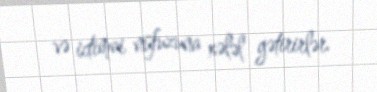
və ictimai nüfuzuna xələl gətirirlər.